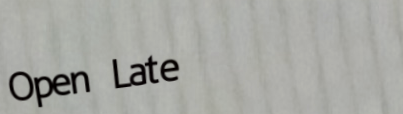
Open Late